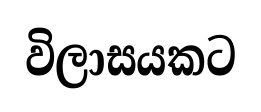
විලාසයකට